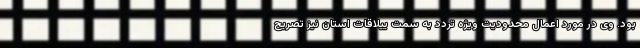
بود. وی در مورد اعمال محدودیت ویژه تردد به سمت ییلاقات استان نیز تصریح